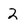
Character: 2